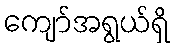
ကျော်အရွယ်ရှိ